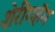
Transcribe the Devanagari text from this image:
शेरींगहॅम